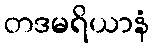
တဒမရိယာနံ